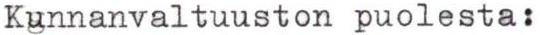
Kunnanvaltuuston puolesta: